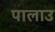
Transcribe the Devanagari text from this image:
पालाउ